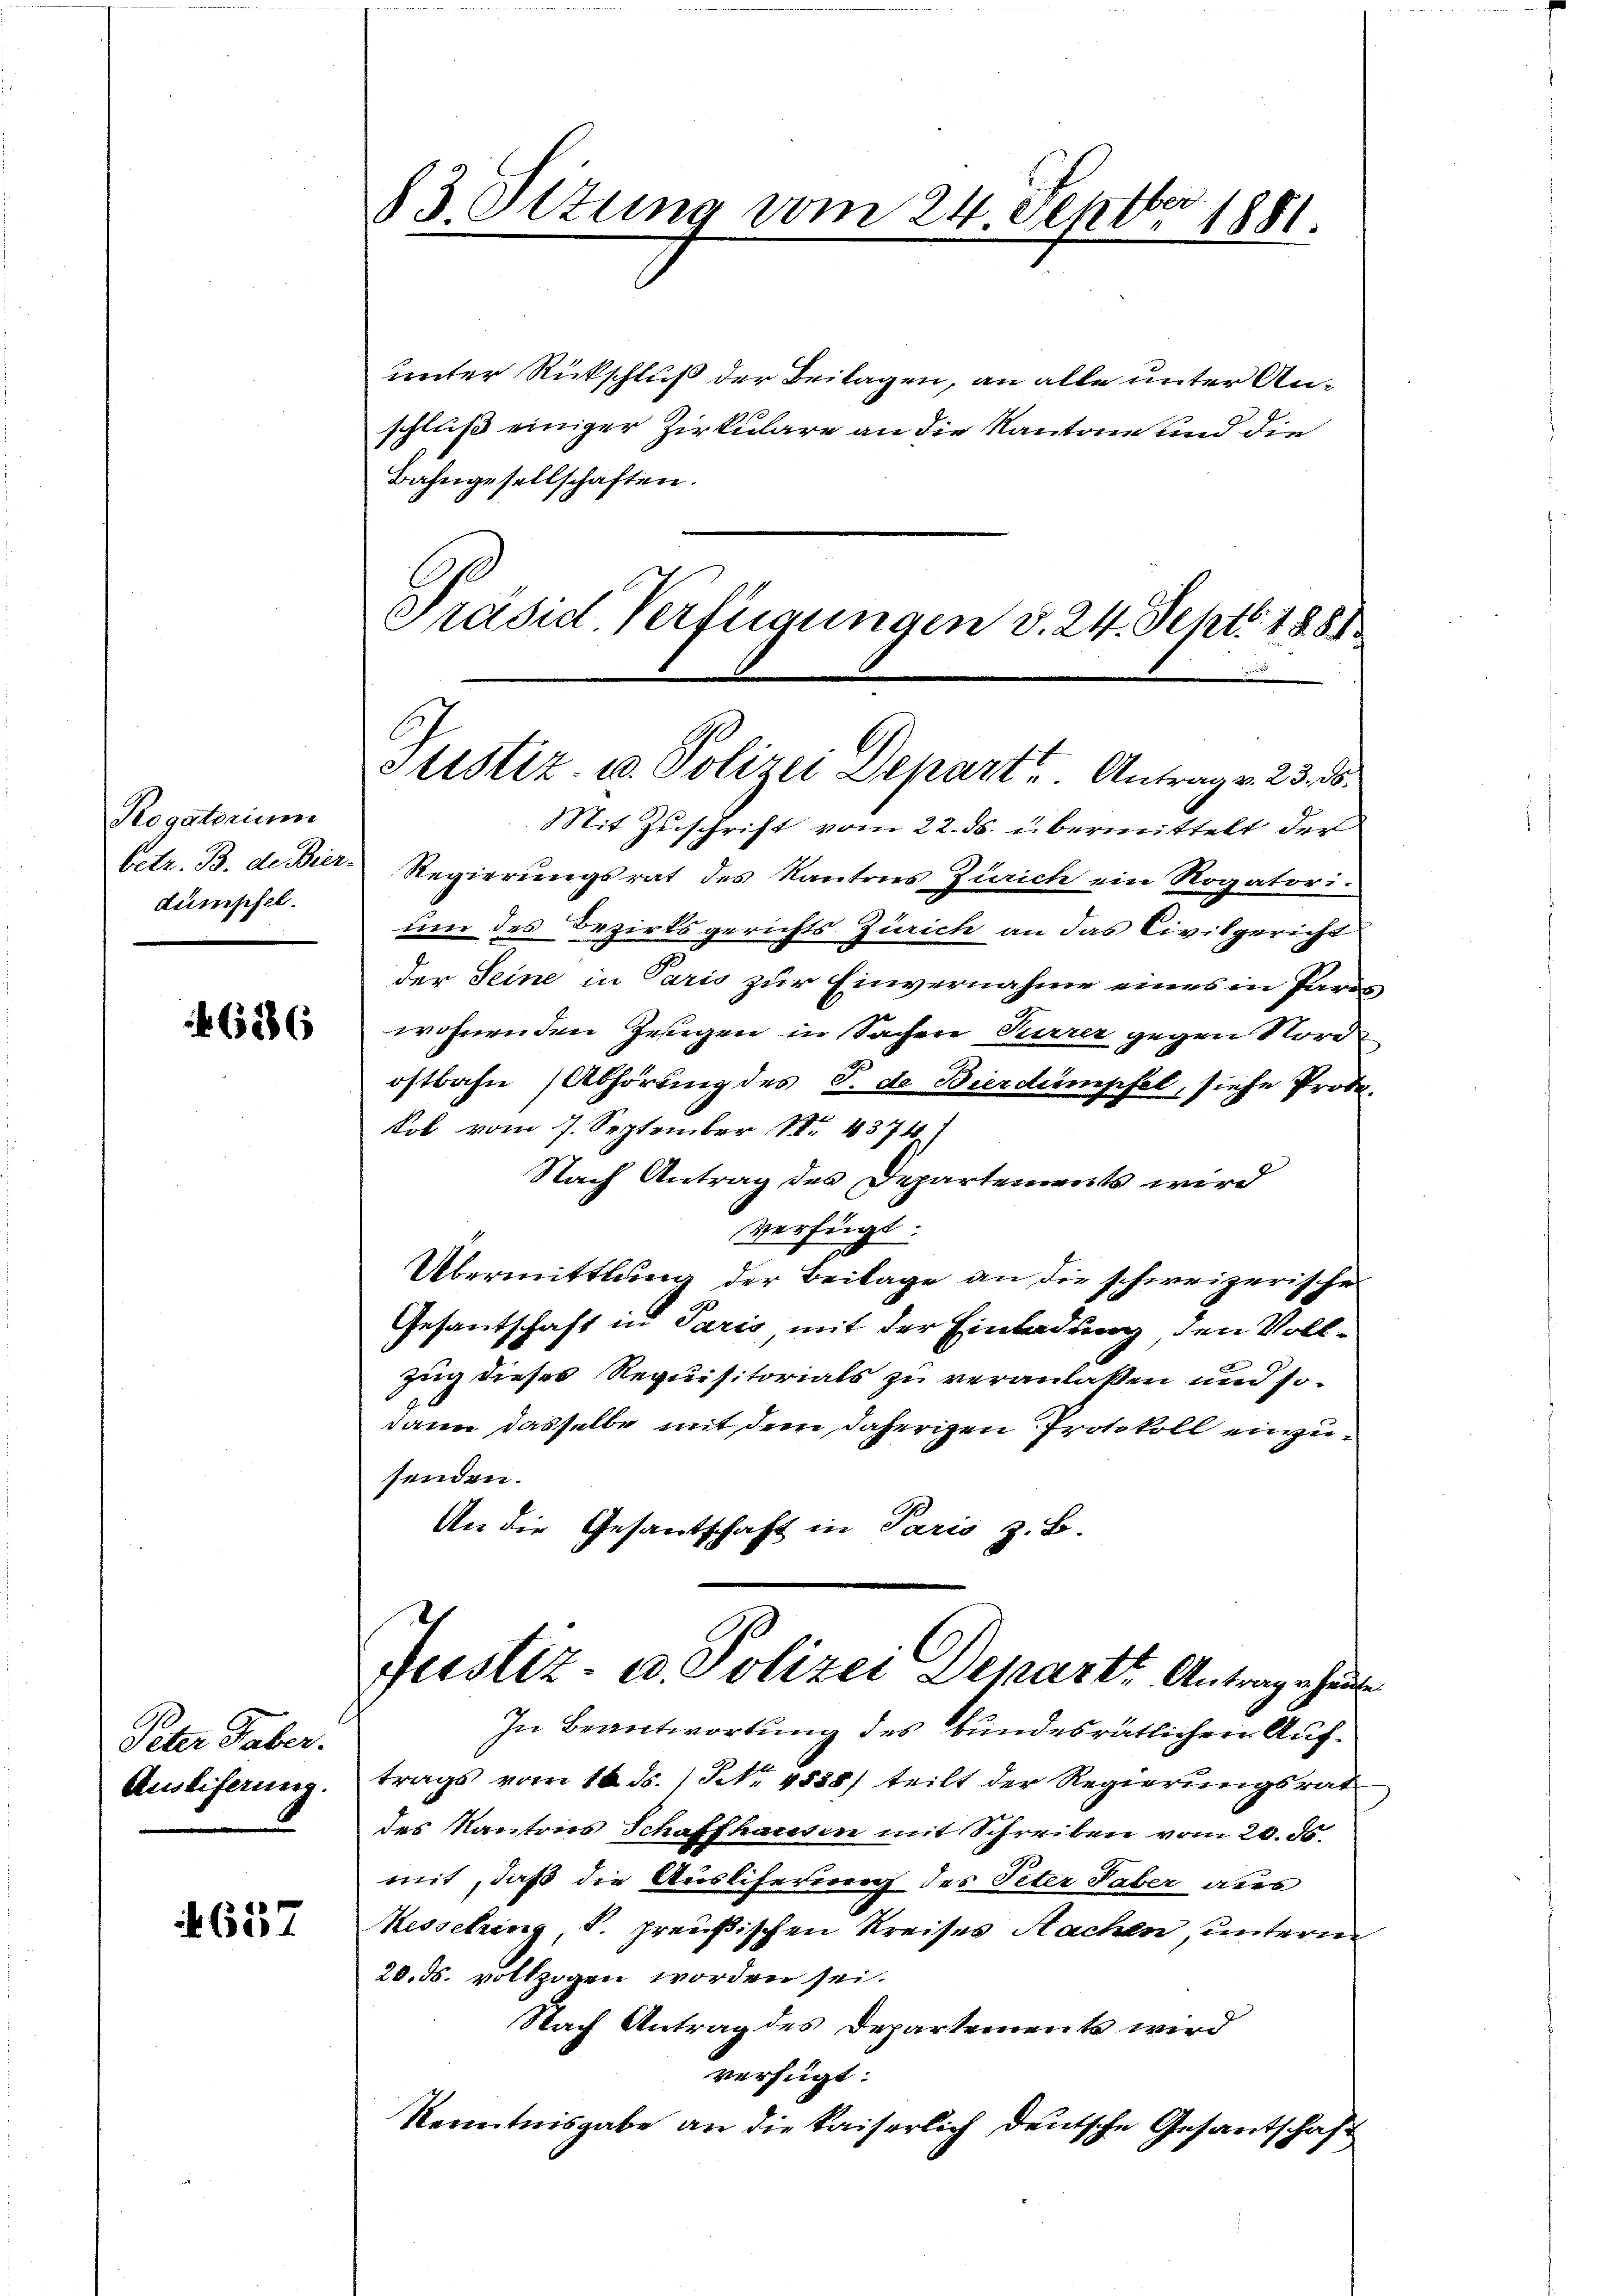
Rogatorium
dumpfel.

6286

Peter Faber.
Auseiferung.

4657

unter Rückschluß der Beilagen, an alle unter Anschluß einiger Zirkulare an die Kantone und die
Bahngesellschaften.
Präsid. Verfügungen v. 24. Sept. 1881

83 Setung vom 24. Septbr 1881.

Justiz- u. Polizei Depart. Antrag v. 23. d.

Mit Zuschrift vom 22. ds. übermittelt der
betr. B. de Bier- Regierungsrat des Kantons Zürich ein Rogatori-
um des Bezirksgerichts Zürich an das Civilgericht
der Seine in Paris zur Einvernahme eines in Parwohnenden Gegen in Sachen Furrer gegen Nordostbahn (Abhörung des J. de Bierdumpfel, siehe Proto
Kol vom 7. September 14374)
Nach Antrag des Departements wird
verfügt:
Übermittlung der Beilage an die schweizerische
Gesantschaft in Paris mit der Einladung, den Voll¬
Zug dieses Requisitorials zu veranlaßen und sodann dasselbe mit dem daherigen Protokoll einzusenden.
An die Gesantschaft in Paris z. B.
Justiz- u. Polizei Departe Antrag ehen
In Beantwortung des bundesrätlichen Auftrags vom 16. ds. / NNo. 4838) teilt der Regierungsrat
des Kantons Schaffhausen mit Schreiben vom 20. d.
mit, daß die Ausliferung des Peter Taber aus
Kesselring, s. preußischen Kreises Nachen unterm
20. ds. vollzogen worden sei.
Nach Antrag des Departements wird
verfügt:
Kenntnisgabe an die kaiserlich deutsche Gesantschaft